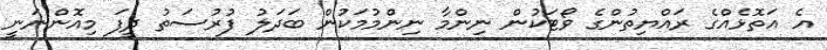
އެ އަތޮޅެއްގެ ރައްޔިތުންގެ ވޯޓަކުން ނިންމާ ނިންމުމަކުން ބަދަލު ފުރުސަތު ދީފަ މިއޮންނަނީ